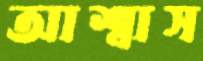
আশ্বাস